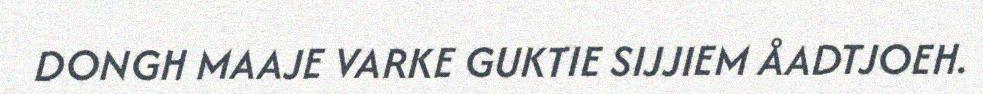
DONGH MAAJE VARKE GUKTIE SIJJIEM ÅADTJOEH.